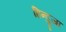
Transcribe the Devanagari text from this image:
हिन्दुजा